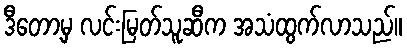
ဒီတော့မှ လင်းမြတ်သူဆီက အသံထွက်လာသည်။